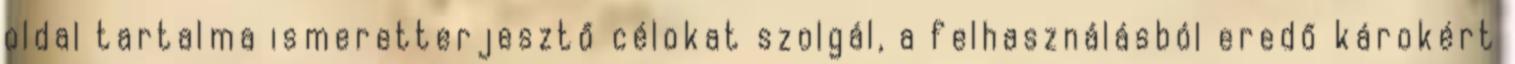
oldal tartalma ismeretterjesztő célokat szolgál, a felhasználásból eredő károkért